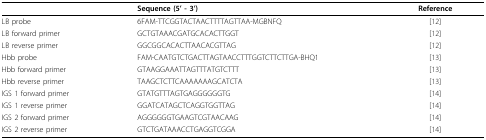
<table><thead><tr><td></td><td><b>Sequence (5&#x27; - 3&#x27;)</b></td><td><b>Reference</b></td></tr></thead><tbody><tr><td>LB probe</td><td>6FAM-TTCGGTACTAACTTTTAGTTAA-MGBNFQ</td><td>[12]</td></tr><tr><td>LB forward primer</td><td>GCTGTAAACGATGCACACTTGGT</td><td>[12]</td></tr><tr><td>LB reverse primer</td><td>GGCGGCACACTTAACACGTTAG</td><td>[12]</td></tr><tr><td>Hbb probe</td><td>FAM-CAATGTCTGACTTAGTAACCTTTGGTCTTCTTGA-BHQ1</td><td>[13]</td></tr><tr><td>Hbb forward primer</td><td>GTAAGGAAATTAGTTTATGTCTTT</td><td>[13]</td></tr><tr><td>Hbb reverse primer</td><td>TAAGCTCTTCAAAAAAAGCATCTA</td><td>[13]</td></tr><tr><td>IGS 1 forward primer</td><td>GTATGTTTAGTGAGGGGGGTG</td><td>[14]</td></tr><tr><td>IGS 1 reverse primer</td><td>GGATCATAGCTCAGGTGGTTAG</td><td>[14]</td></tr><tr><td>IGS 2 forward primer</td><td>AGGGGGGTGAAGTCGTAACAAG</td><td>[14]</td></tr><tr><td>IGS 2 reverse primer</td><td>GTCTGATAAACCTGAGGTCGGA</td><td>[14]</td></tr></tbody></table>